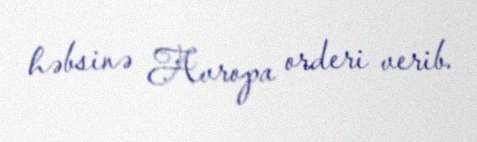
həbsinə Avropa orderi verib.